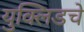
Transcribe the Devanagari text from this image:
युक्लिडचे